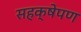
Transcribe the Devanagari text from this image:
सहक्षेपण